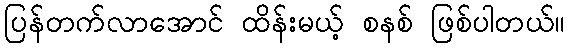
ပြန်တက်လာအောင် ထိန်းမယ့် စနစ် ဖြစ်ပါတယ်။